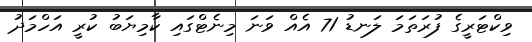
ވިކްޓަރީގެ ފުރަތަމަ ލަނޑު 71 އެއް ވަނަ މިނެޓްގައި ކާމިޔަބު ކުރީ އަހްމަދު